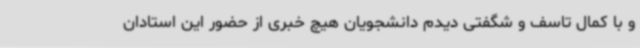
و با کمال تاسف و شگفتی دیدم دانشجویان هیچ خبری از حضور این استادان